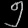
Digit: ၅